Scottish Leaving Certificate Examination, 1961
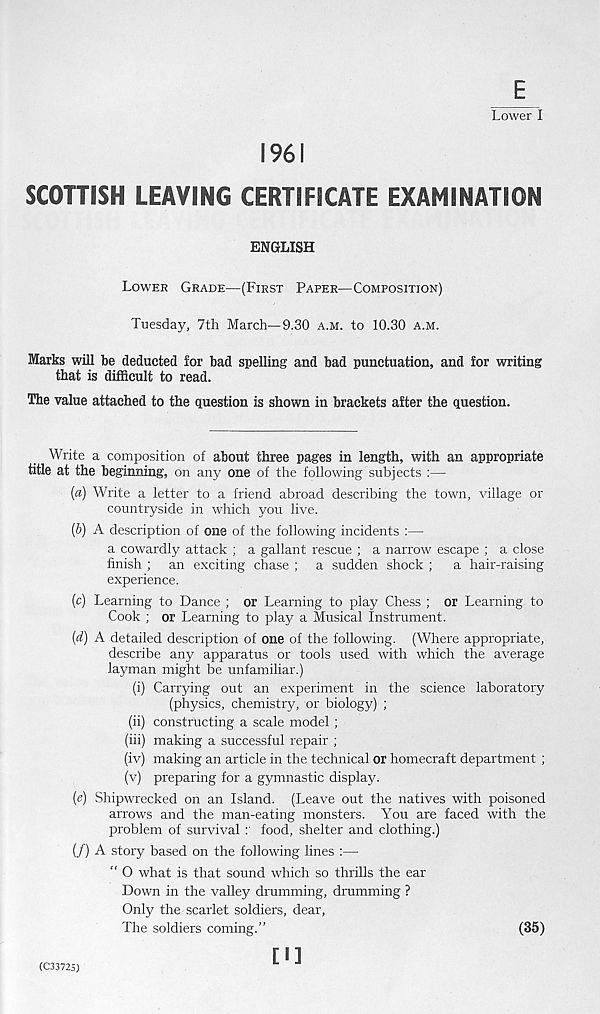
Lower I
1961
SCOHISH LEAVING CERTIFICATE EXAMINATION
ENGLISH
LOWER GRADE—(FIRST PAPER—COMPOSITION)
Tuesday, 7th March—9.30 A.M. to 10.30 A.M.
Marks will be deducted for bad spelling and bad punctuation, and for writing
that is difficult to read.
The value attached to the question is shown in brackets after the question.
Write a composition of about three pages in length, with an appropriate
title at the beginning, on any one of the following subjects :—
(a) Write a letter to a friend abroad describing the town, village or
countryside in which you live.
(&) A description of one of the following incidents :—
a cowardly attack ; a gallant rescue ; a narrow escape ; a close
finish ; an exciting chase ; a sudden shock ;
a hair-raising
experience.
(c) Learning to Dance ; or Learning to play Chess ; or Learning to
Cook ; or Learning to play a Musical Instrument.
(d) A detailed description of one of the following. (Where appropriate,
describe any apparatus or tools used with which the average
layman might be unfamiliar.)
(i) Carrying out an experiment in the science laboratory
(physics, chemistry, or biology) ;
(ii) constructing a scale model ;
(hi) making a successful repair ;
(iv) making an article in the technical or homecraft department ;
(v) preparing for a gymnastic display.
(e) Shipwrecked on an Island. (Leave out the natives with poisoned
arrows and the man-eating monsters. You are faced with the
problem of survival food, shelter and clothing.)
(/) A story based on the following lines :—
“ 0 what is that sound which so thrills the ear
Down in the valley drumming, drumming ?
Only the scarlet soldiers, dear,
The soldiers coming.”
(35)
[I]
(C33725)